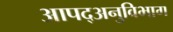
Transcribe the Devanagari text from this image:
आपद्अनुविभाग